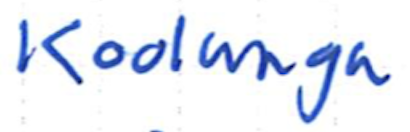
Text: Koolunga
Cross-out: clean
Writing tool: ballpoint